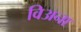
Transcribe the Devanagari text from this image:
विअना